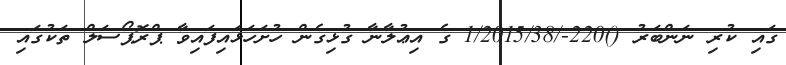
ގައި ކުރި ނަންބަރު ()220-/1/2015/38 ގެ އިޢުލާނާ ގުޅިގެން ހުށަހަޅައިފައިވާ ޕްރޮޕޯސަލް ތަކުގައި